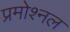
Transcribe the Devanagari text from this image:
प्रमोश्नल